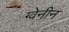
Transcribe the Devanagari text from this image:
ग्वेनीन